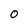
Character: 0